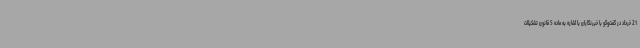
21 خرداد در گفت‌وگو با خبرنگاران با اشاره به ماده 5 قانون تشکیلات